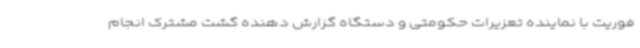
فوریت با نماینده تعزیرات حکومتی و دستگاه گزارش دهنده گشت مشترک انجام